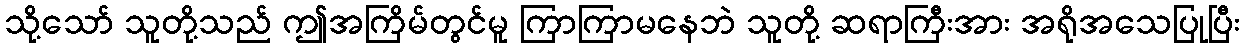
သို့သော် သူတို့သည် ဤအကြိမ်တွင်မူ ကြာကြာမနေဘဲ သူတို့ ဆရာကြီးအား အရိုအသေပြုပြီး